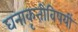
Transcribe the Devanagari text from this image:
घनाकृतींविषयीं